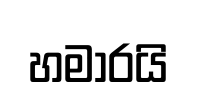
හමාරයි